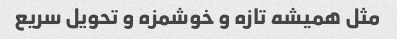
مثل همیشه تازه و خوشمزه و تحویل سریع